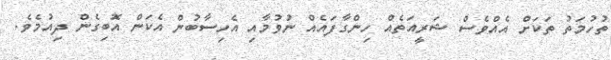
ތުހުމަތު ތަކަށް އެއްވެސް ޝަރީއަތެއް ހިންގާފައެއް ނުވުމާއި އެހިސާބުން އެކަން އޮބިގެން ދިއުމެވެ.